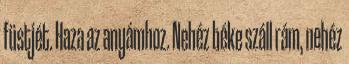
füstjét. Haza az anyámhoz. Nehéz béke száll rám, nehéz